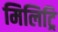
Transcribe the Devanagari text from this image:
मिलिट्रि